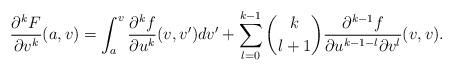
LaTeX: \begin{align*} \frac{\partial^kF}{\partial v^k}(a,v)=\int_a^v\frac{\partial^kf}{\partial u^k}(v,v')dv'+\sum_{l=0}^{k-1}\binom{k}{l+1}\frac{\partial^{k-1}f}{\partial u^{k-1-l}\partial v^l}(v,v).\end{align*}